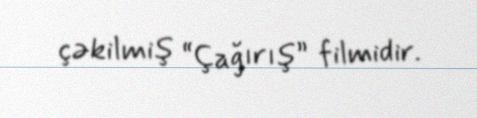
çəkilmiş “Çağırış” filmidir.